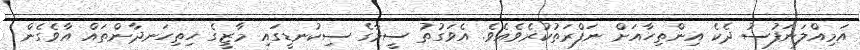
އަމިއްލަނަފުސު ދެކެ އިންތިހާއަށް ނަފްރަތުކުރެވެއެވެ. އެވަގުތު ސީމާގެ ސިކުނޑީގައި މާޒީގެ ހިތިހަނދާންތައް އާވެގެން